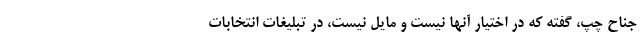
جناح چپ، گفته که در اختیار آنها نیست و مایل نیست، در تبلیغات انتخابات